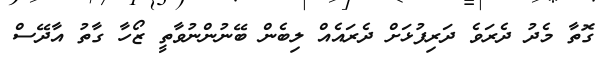
ގޮތާ މެދު ދެރަވެ ދަރިފުޅަށް ދެރައެއް ލިބެން ބޭނުންނުވާތީ ޒޯހާ ގާތު އާދޭސް